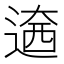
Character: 𨕏